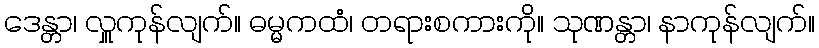
ဒေန္တာ၊ လှူကုန်လျက်။ ဓမ္မကထံ၊ တရားစကားကို။ သုဏန္တာ၊ နာကုန်လျက်။